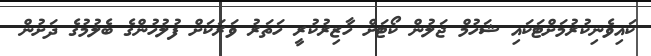
ކައިވެނިކުރުމަށްޓަކައި ޝަހުމް ޖަލުން ކޯޓަށް ހާޒިރުކުރީ ހަތަރު ވަރަކަށް ފުލުހުންގެ ބެލުމުގެ ދަށުން